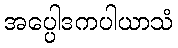
အပ္ပေါဒကပါယာသံ